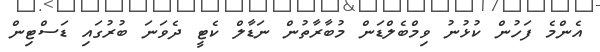
އެންމެ ފަހުން ކުޅުނު ވިމްބެލްޑަން މުުބާރާތުން ނަޑާލް ކެޓީ ދެވަނަ ބުރުގައި ޑަސްޓިން